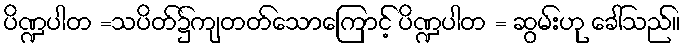
ပိဏ္ဍပါတ =သပိတ်၌ကျတတ်သောကြောင့် ပိဏ္ဍပါတ = ဆွမ်းဟု ခေါ်သည်။